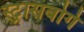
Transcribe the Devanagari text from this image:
स्ट्रासबोर्ग